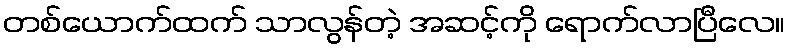
တစ်ယောက်ထက် သာလွန်တဲ့ အဆင့်ကို ရောက်လာပြီလေ။